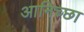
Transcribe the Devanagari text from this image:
आनिच्छा